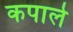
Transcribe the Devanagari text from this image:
कपाले